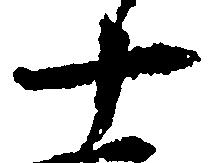
十